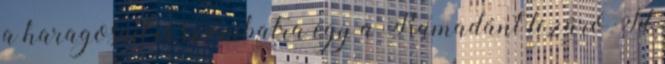
a haragosait is szombatra egy a Ramadánt lezáró Íd